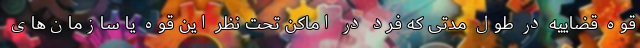
قوه قضاییه در طول مدتی که فرد در اماکن تحت نظر این قوه یا سازمان‌های